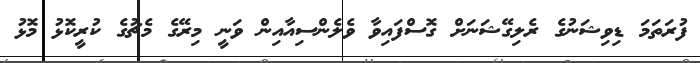
ފުރަތަމަ ޑިވިޝަނުގެ ރެލިގޭޝަނަށް ގޮސްފައިވާ ވެލެންސިއާއިން ވަނީ މިރޭގެ މެޗުގެ ކުރީކޮޅު މޮޅު